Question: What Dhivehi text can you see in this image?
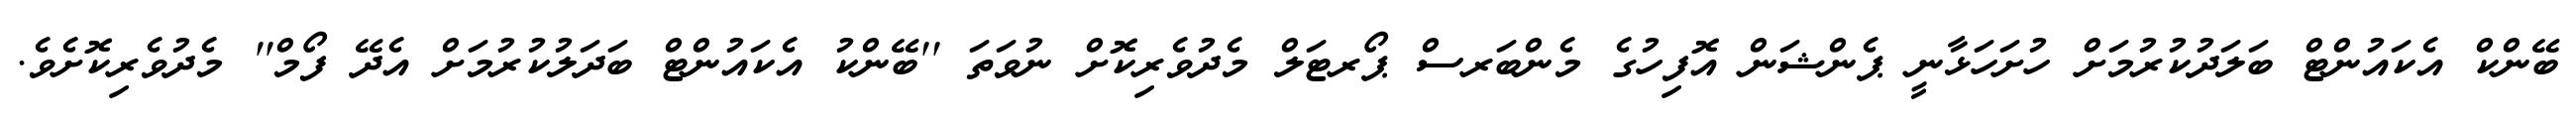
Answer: ބޭންކް އެކައުންޓް ބަލަދުކުރުމަށް ހުށަހަޅާނީ ޕެންޝަން އޮފިހުގެ މެންބަރސް ޕޯރޓަލް މެދުވެރިކޮށް ނުވަތަ ''ބޭންކު އެކައުންޓް ބަދަލުކުރުމަށް އެދޭ ފޯމް'' މެދުވެރިކޮށެވެ.